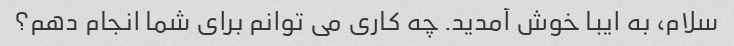
سلام، به ایبا خوش آمدید. چه کاری می توانم برای شما انجام دهم؟